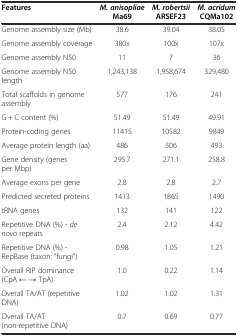
| Features | M. anisopliaeMa69 | M. robertsiiARSEF23 | M. acridumCQMa102 |
 | --- | --- | --- | --- |
 | Genome assembly size (Mb) | 38.6 | 39.04 | 38.05 |
 | Genome assembly coverage | 380x | 100x | 107x |
 | Genome assembly N50 | 11 | 7 | 36 |
 | Genome assembly N50 length | 1,243,138 | 1,958,674 | 329,480 |
 | Total scaffolds in genome assembly | 577 | 176 | 241 |
 | G + C content (%) | 51.49 | 51.49 | 49.91 |
 | Protein-coding genes | 11415 | 10582 | 9849 |
 | Average protein length (aa) | 486 | 506 | 493 |
 | Gene density (genes per Mbp) | 295.7 | 271.1 | 258.8 |
 | Average exons per gene | 2.8 | 2.8 | 2.7 |
 | Predicted secreted proteins | 1413 | 1865 | 1490 |
 | tRNA genes | 132 | 141 | 122 |
 | Repetitive DNA (%) - de novo repeats | 2.4 | 2.12 | 4.42 |
 | Repetitive DNA (%) - RepBase (taxon: “fungi”) | 0.98 | 1.05 | 1.21 |
 | Overall RIP dominance (CpA ← → TpA) | 1.0 | 0.22 | 1.14 |
 | Overall TA/AT (repetitive DNA) | 1.02 | 1.02 | 1.31 |
 | Overall TA/AT (non-repetitive DNA) | 0.7 | 0.69 | 0.77 |